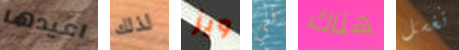
اعيدها لذلك ويز في هناك تغسل